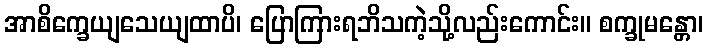
အာစိက္ခေယျသေယျထာပိ၊ ပြောကြားရဘိသကဲ့သို့လည်းကောင်း။ စက္ခုမန္တော၊